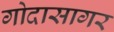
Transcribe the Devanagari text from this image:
गोदासागर